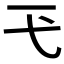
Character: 𢍼